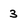
Character: 3